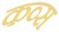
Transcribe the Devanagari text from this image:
कव्स